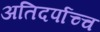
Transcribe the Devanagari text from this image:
अतिदर्पाच्च